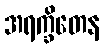
အရက္ခိတေန